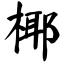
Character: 椰